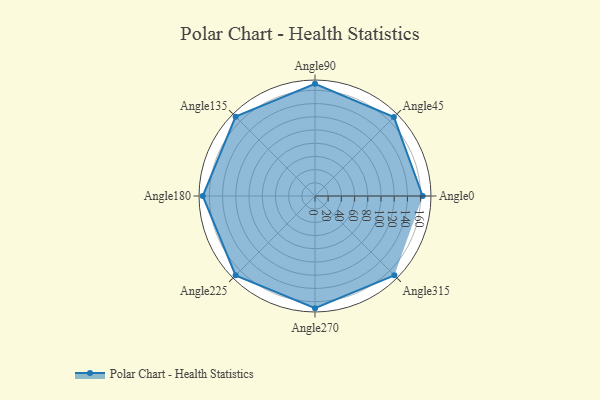
{"axis": {"x": "Angle", "y": "Radius"}, "legend": [""], "data": [{"x": "Angle0", "y": 163.0, "type": ""}, {"x": "Angle45", "y": 169.0, "type": ""}, {"x": "Angle90", "y": 170, "type": ""}, {"x": "Angle135", "y": 170, "type": ""}, {"x": "Angle180", "y": 170, "type": ""}, {"x": "Angle225", "y": 170, "type": ""}, {"x": "Angle270", "y": 170, "type": ""}, {"x": "Angle315", "y": 170, "type": ""}]}